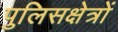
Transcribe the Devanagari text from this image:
पुलिसक्षेत्रों